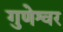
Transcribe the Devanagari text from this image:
गुणेश्वर